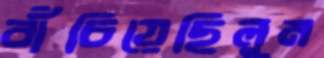
বাঁচিয়েছিলুম